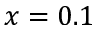
x = 0 . 1